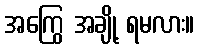
အကြွေ အချို့ ရမလား။